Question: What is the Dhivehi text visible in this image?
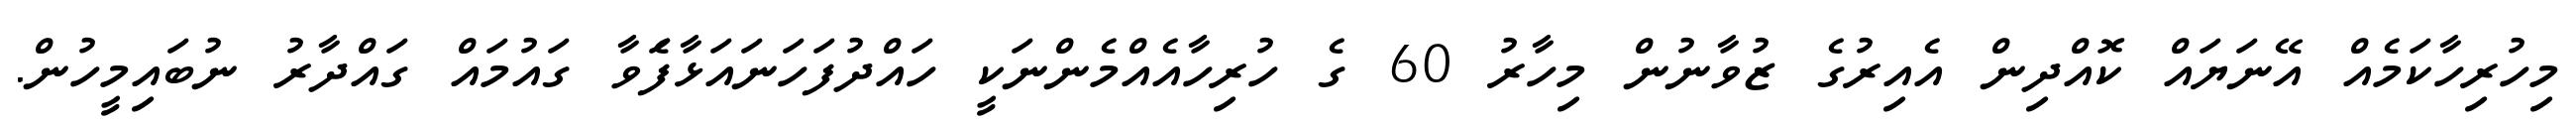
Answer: މިހުރިހާކަމެއް އޭނަޔައް ކޮއްދިން އެއިރުގެ ޒުވާނުން މިހާރު 60 ގެ ހުރިހާއެއްމެންނަކީ ހައްދުފަހަނައަޅާފަެވާ ގައުމައް ގައްދާރު ނުބައިމީހުން.